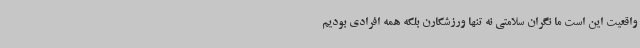
واقعیت این است ما نگران سلامتی نه تنها ورزشکارن بلکه همه افرادی بودیم